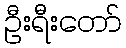
ဦးရီးတော်